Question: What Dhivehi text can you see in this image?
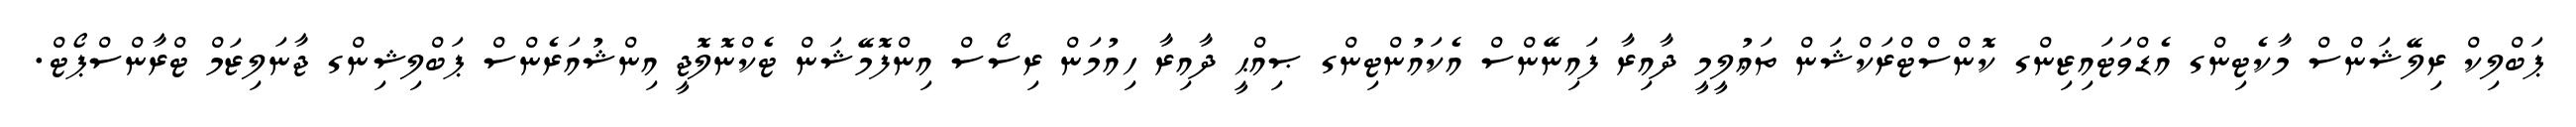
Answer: ޕަބްލިކް ރިލޭޝަންސް މާކެޓިންގ އެޑްވަޓައިޒިންގ ކޮންސްޓްރަކްޝަން ތަޢުލީމީ ދާއިރާ ފައިނޭންސް އެކައުންޓިންގ ޞިއްޙީ ދާއިރާ ހިއުމަން ރިސޯސް އިންފޮމޭޝަން ޓެކްނޮލޮޖީ އިންޝުއަރެންސް ޕަބްލިޝިންގ ޖާނަލިޒަމް ޓްރާންސްޕޯޓް.